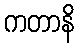
ကတာနိ